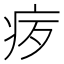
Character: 𪽨